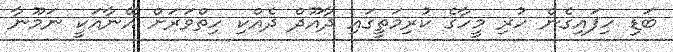
ބަޑި ހިފައިގެން ހުރި މީހާގެ ކުރިމަތީގައި ދާއޫދް ދެއްކި ހިތްވަރަށް އޭނާއަކީ ނަމޫނާ